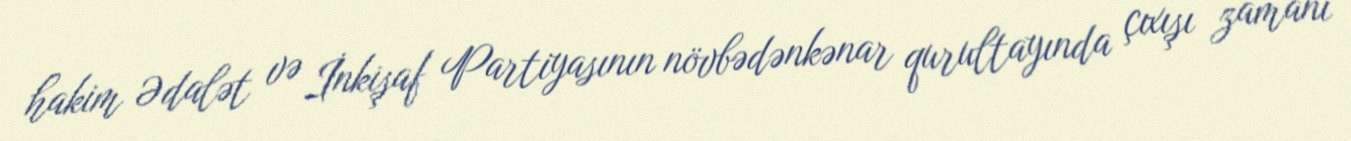
hakim Ədalət və İnkişaf Partiyasının növbədənkənar qurultayında çıxışı zamanı